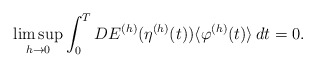
\begin{align*}\limsup_{h \to 0} \int_0^T DE^{(h)}(\eta^{(h)}(t))\langle \varphi^{(h)}(t) \rangle\,dt = 0.\end{align*}